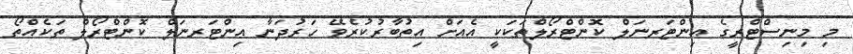
މި މިނިސްޓްރީގެ އިންޓަރނަލް ކޮންޓްރޯލްތަކަކީ އެއަށް އިތުބާރުކުރެވޭ ހަރުދަނާ އިންޓަރނަލް ކޮންޓްރޯލް ތަކެއްތޯ